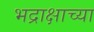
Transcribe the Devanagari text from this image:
भद्राक्षाच्या